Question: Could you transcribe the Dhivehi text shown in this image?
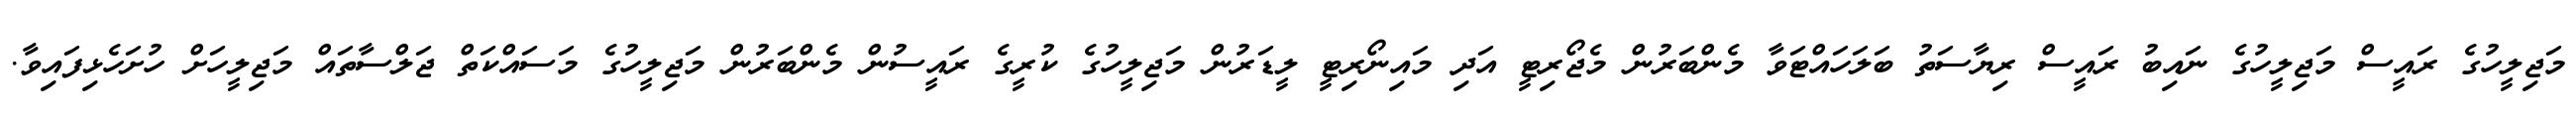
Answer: މަޖިލީހުގެ ރައީސް މަޖިލީހުގެ ނައިބު ރައީސް ރިޔާސަތު ބަލަހައްޓަވާ މެންބަރުން މެޖޯރިޓީ އަދި މައިނޯރިޓީ ލީޑަރުން މަޖިލީހުގެ ކުރީގެ ރައީސުން މެންބަރުން މަޖިލީހުގެ މަސައްކަތް ޖަލްސާތައް މަޖިލީހަށް ހުށަހެޅިފައިވާ.